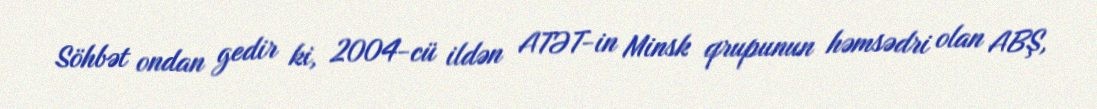
Söhbət ondan gedir ki, 2004-cü ildən ATƏT-in Minsk qrupunun həmsədri olan ABŞ,